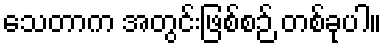
သေတာက အတွင်းဖြစ်စဉ် တစ်ခုပါ။